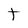
Character: t